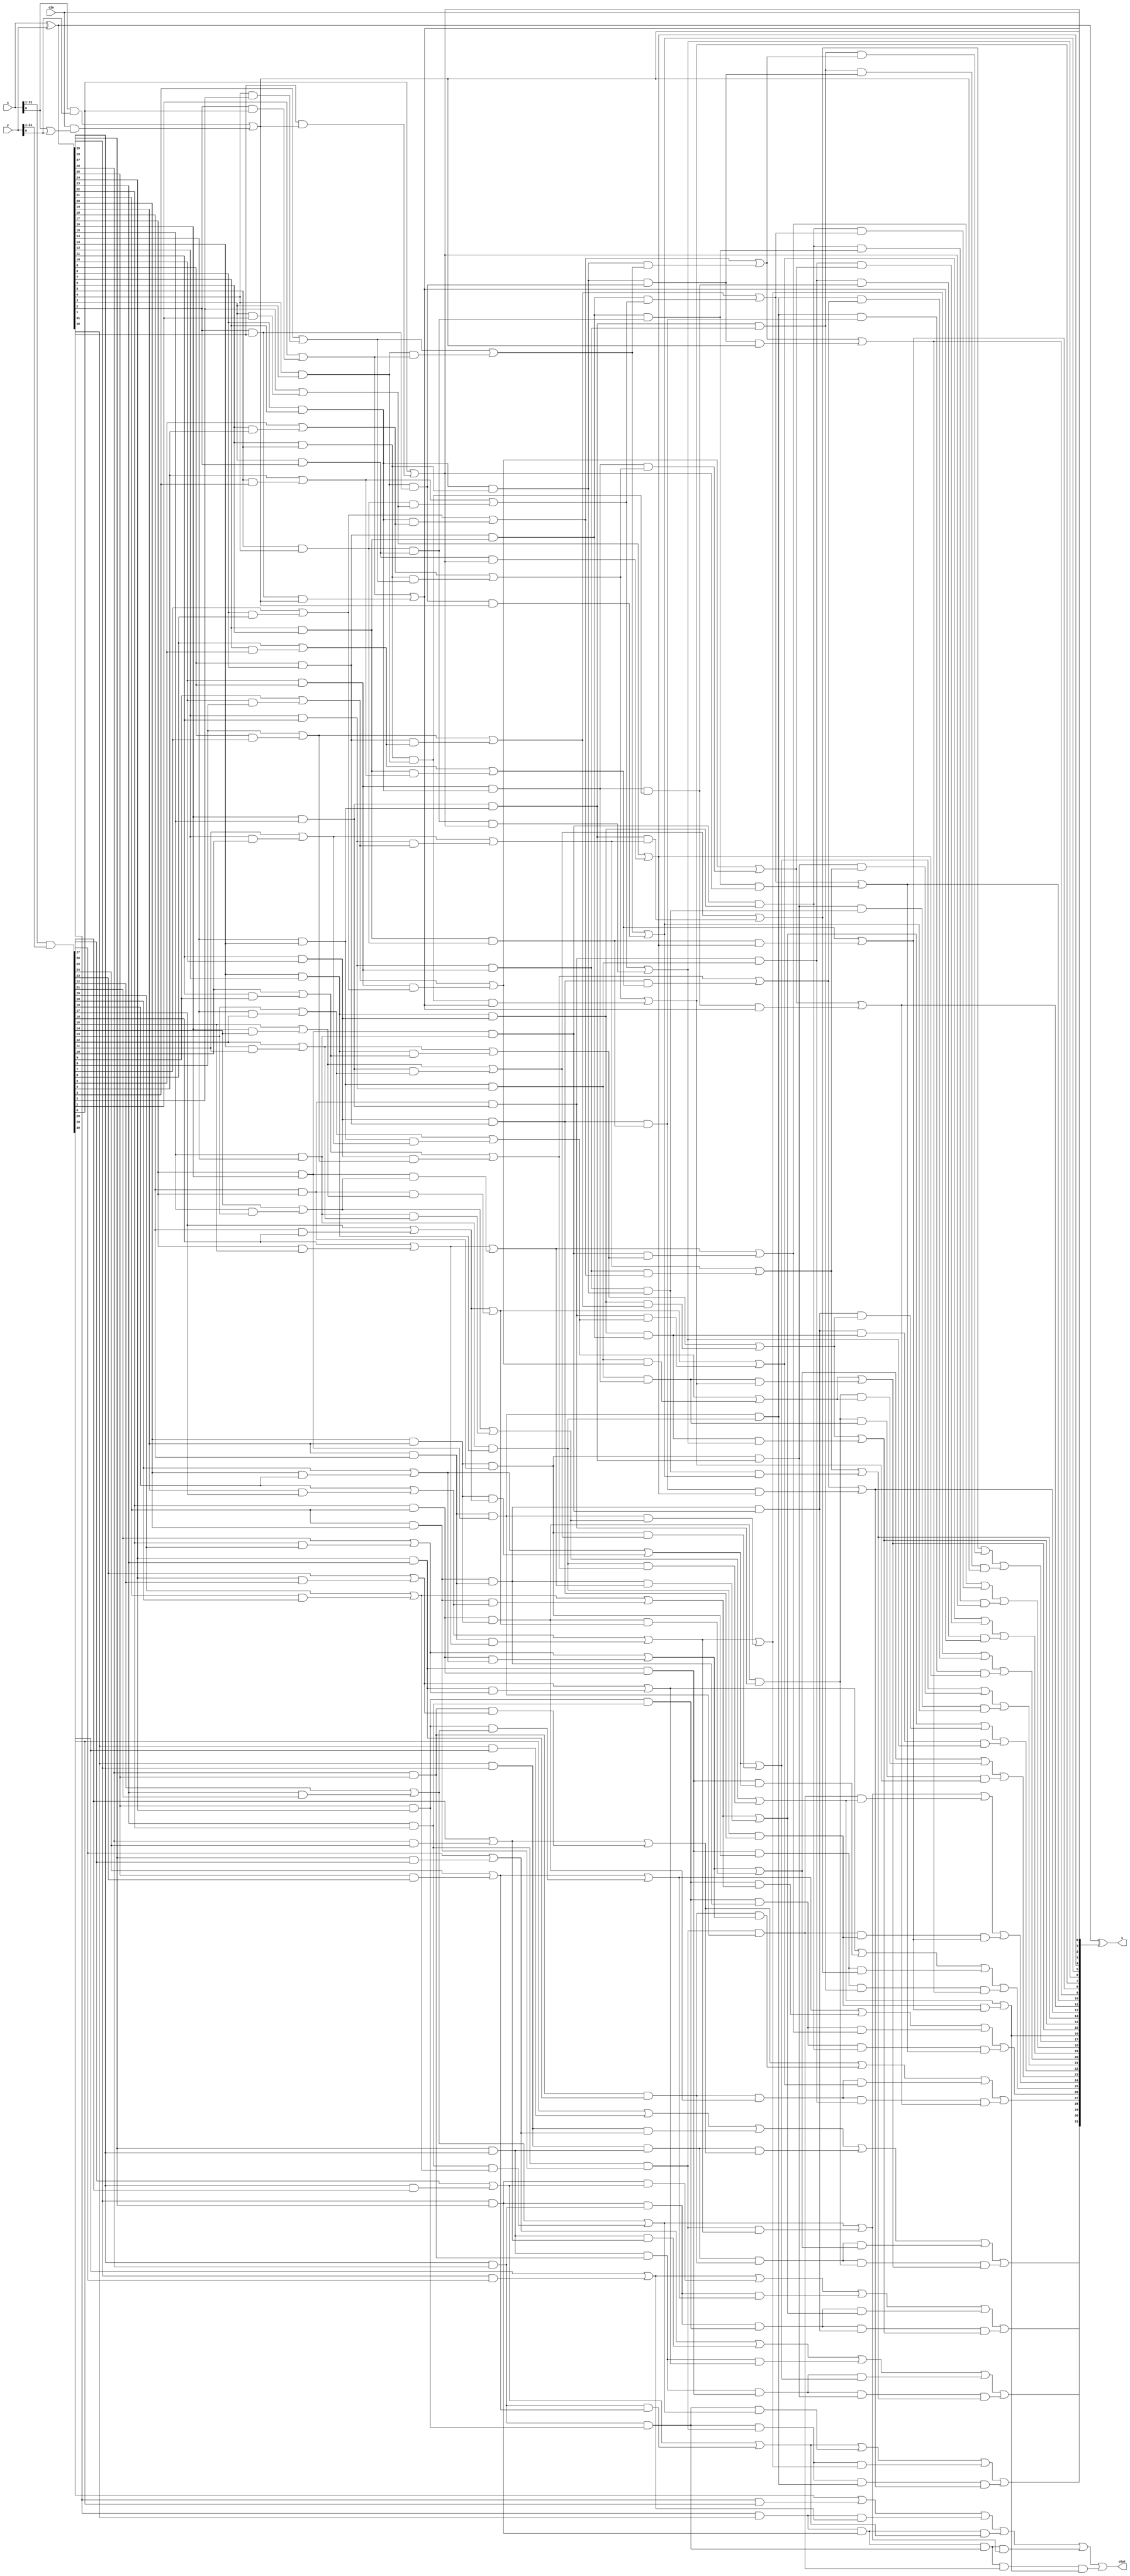
module Prefix_Add32_gen(x, y, cIn, s, cOut);

	input [31:0] x, y;
	input cIn;

	output [31:0] s;
	output cOut;

	wire [31:0] g0, p0, g1, p1, g2, p2, g3, p3, g4, p4, g5, p5;
	wire [32:0] c;

	assign g0[31:1] = x[31:1]&y[31:1];
	assign p0[31:0] = x^y;
	assign c[0] = cIn;
	assign g0[0] = x[0]&y[0] | c[0]&(x[0] | y[0]);



	assign g1[31] = g0[31] | p0[31]&g0[30], g1[30] = g0[30] | p0[30]&g0[29], g1[29] = g0[29] | p0[29]&g0[28], g1[28] = g0[28] | p0[28]&g0[27], g1[27] = g0[27] | p0[27]&g0[26], g1[26] = g0[26] | p0[26]&g0[25], g1[25] = g0[25] | p0[25]&g0[24], g1[24] = g0[24] | p0[24]&g0[23], g1[23] = g0[23] | p0[23]&g0[22], g1[22] = g0[22] | p0[22]&g0[21], g1[21] = g0[21] | p0[21]&g0[20], g1[20] = g0[20] | p0[20]&g0[19], g1[19] = g0[19] | p0[19]&g0[18], g1[18] = g0[18] | p0[18]&g0[17], g1[17] = g0[17] | p0[17]&g0[16], g1[16] = g0[16] | p0[16]&g0[15], g1[15] = g0[15] | p0[15]&g0[14], g1[14] = g0[14] | p0[14]&g0[13], g1[13] = g0[13] | p0[13]&g0[12], g1[12] = g0[12] | p0[12]&g0[11], g1[11] = g0[11] | p0[11]&g0[10], g1[10] = g0[10] | p0[10]&g0[9], g1[9] = g0[9] | p0[9]&g0[8], g1[8] = g0[8] | p0[8]&g0[7], g1[7] = g0[7] | p0[7]&g0[6], g1[6] = g0[6] | p0[6]&g0[5], g1[5] = g0[5] | p0[5]&g0[4], g1[4] = g0[4] | p0[4]&g0[3], g1[3] = g0[3] | p0[3]&g0[2], g1[2] = g0[2] | p0[2]&g0[1], g1[1] = g0[1] | p0[1]&g0[0], g1[0] = g0[0];
	assign p1[31] = p0[31]&p0[30], p1[30] = p0[30]&p0[29], p1[29] = p0[29]&p0[28], p1[28] = p0[28]&p0[27], p1[27] = p0[27]&p0[26], p1[26] = p0[26]&p0[25], p1[25] = p0[25]&p0[24], p1[24] = p0[24]&p0[23], p1[23] = p0[23]&p0[22], p1[22] = p0[22]&p0[21], p1[21] = p0[21]&p0[20], p1[20] = p0[20]&p0[19], p1[19] = p0[19]&p0[18], p1[18] = p0[18]&p0[17], p1[17] = p0[17]&p0[16], p1[16] = p0[16]&p0[15], p1[15] = p0[15]&p0[14], p1[14] = p0[14]&p0[13], p1[13] = p0[13]&p0[12], p1[12] = p0[12]&p0[11], p1[11] = p0[11]&p0[10], p1[10] = p0[10]&p0[9], p1[9] = p0[9]&p0[8], p1[8] = p0[8]&p0[7], p1[7] = p0[7]&p0[6], p1[6] = p0[6]&p0[5], p1[5] = p0[5]&p0[4], p1[4] = p0[4]&p0[3], p1[3] = p0[3]&p0[2], p1[2] = p0[2]&p0[1], p1[1] = p0[1]&p0[0], p1[0] = p0[0];

	assign g2[31] = g1[31] | p1[31]&g1[29], g2[30] = g1[30] | p1[30]&g1[28], g2[29] = g1[29] | p1[29]&g1[27], g2[28] = g1[28] | p1[28]&g1[26], g2[27] = g1[27] | p1[27]&g1[25], g2[26] = g1[26] | p1[26]&g1[24], g2[25] = g1[25] | p1[25]&g1[23], g2[24] = g1[24] | p1[24]&g1[22], g2[23] = g1[23] | p1[23]&g1[21], g2[22] = g1[22] | p1[22]&g1[20], g2[21] = g1[21] | p1[21]&g1[19], g2[20] = g1[20] | p1[20]&g1[18], g2[19] = g1[19] | p1[19]&g1[17], g2[18] = g1[18] | p1[18]&g1[16], g2[17] = g1[17] | p1[17]&g1[15], g2[16] = g1[16] | p1[16]&g1[14], g2[15] = g1[15] | p1[15]&g1[13], g2[14] = g1[14] | p1[14]&g1[12], g2[13] = g1[13] | p1[13]&g1[11], g2[12] = g1[12] | p1[12]&g1[10], g2[11] = g1[11] | p1[11]&g1[9], g2[10] = g1[10] | p1[10]&g1[8], g2[9] = g1[9] | p1[9]&g1[7], g2[8] = g1[8] | p1[8]&g1[6], g2[7] = g1[7] | p1[7]&g1[5], g2[6] = g1[6] | p1[6]&g1[4], g2[5] = g1[5] | p1[5]&g1[3], g2[4] = g1[4] | p1[4]&g1[2], g2[3] = g1[3] | p1[3]&g1[1], g2[2] = g1[2] | p1[2]&g1[0], g2[1] = g1[1], g2[0] = g1[0];
	assign p2[31] = p1[31]&p1[29], p2[30] = p1[30]&p1[28], p2[29] = p1[29]&p1[27], p2[28] = p1[28]&p1[26], p2[27] = p1[27]&p1[25], p2[26] = p1[26]&p1[24], p2[25] = p1[25]&p1[23], p2[24] = p1[24]&p1[22], p2[23] = p1[23]&p1[21], p2[22] = p1[22]&p1[20], p2[21] = p1[21]&p1[19], p2[20] = p1[20]&p1[18], p2[19] = p1[19]&p1[17], p2[18] = p1[18]&p1[16], p2[17] = p1[17]&p1[15], p2[16] = p1[16]&p1[14], p2[15] = p1[15]&p1[13], p2[14] = p1[14]&p1[12], p2[13] = p1[13]&p1[11], p2[12] = p1[12]&p1[10], p2[11] = p1[11]&p1[9], p2[10] = p1[10]&p1[8], p2[9] = p1[9]&p1[7], p2[8] = p1[8]&p1[6], p2[7] = p1[7]&p1[5], p2[6] = p1[6]&p1[4], p2[5] = p1[5]&p1[3], p2[4] = p1[4]&p1[2], p2[3] = p1[3]&p1[1], p2[2] = p1[2]&p1[0], p2[1] = p1[1], p2[0] = p1[0];

	assign g3[31] = g2[31] | p2[31]&g2[27], g3[30] = g2[30] | p2[30]&g2[26], g3[29] = g2[29] | p2[29]&g2[25], g3[28] = g2[28] | p2[28]&g2[24], g3[27] = g2[27] | p2[27]&g2[23], g3[26] = g2[26] | p2[26]&g2[22], g3[25] = g2[25] | p2[25]&g2[21], g3[24] = g2[24] | p2[24]&g2[20], g3[23] = g2[23] | p2[23]&g2[19], g3[22] = g2[22] | p2[22]&g2[18], g3[21] = g2[21] | p2[21]&g2[17], g3[20] = g2[20] | p2[20]&g2[16], g3[19] = g2[19] | p2[19]&g2[15], g3[18] = g2[18] | p2[18]&g2[14], g3[17] = g2[17] | p2[17]&g2[13], g3[16] = g2[16] | p2[16]&g2[12], g3[15] = g2[15] | p2[15]&g2[11], g3[14] = g2[14] | p2[14]&g2[10], g3[13] = g2[13] | p2[13]&g2[9], g3[12] = g2[12] | p2[12]&g2[8], g3[11] = g2[11] | p2[11]&g2[7], g3[10] = g2[10] | p2[10]&g2[6], g3[9] = g2[9] | p2[9]&g2[5], g3[8] = g2[8] | p2[8]&g2[4], g3[7] = g2[7] | p2[7]&g2[3], g3[6] = g2[6] | p2[6]&g2[2], g3[5] = g2[5] | p2[5]&g2[1], g3[4] = g2[4] | p2[4]&g2[0], g3[3] = g2[3], g3[2] = g2[2], g3[1] = g2[1], g3[0] = g2[0];
	assign p3[31] = p2[31]&p2[27], p3[30] = p2[30]&p2[26], p3[29] = p2[29]&p2[25], p3[28] = p2[28]&p2[24], p3[27] = p2[27]&p2[23], p3[26] = p2[26]&p2[22], p3[25] = p2[25]&p2[21], p3[24] = p2[24]&p2[20], p3[23] = p2[23]&p2[19], p3[22] = p2[22]&p2[18], p3[21] = p2[21]&p2[17], p3[20] = p2[20]&p2[16], p3[19] = p2[19]&p2[15], p3[18] = p2[18]&p2[14], p3[17] = p2[17]&p2[13], p3[16] = p2[16]&p2[12], p3[15] = p2[15]&p2[11], p3[14] = p2[14]&p2[10], p3[13] = p2[13]&p2[9], p3[12] = p2[12]&p2[8], p3[11] = p2[11]&p2[7], p3[10] = p2[10]&p2[6], p3[9] = p2[9]&p2[5], p3[8] = p2[8]&p2[4], p3[7] = p2[7]&p2[3], p3[6] = p2[6]&p2[2], p3[5] = p2[5]&p2[1], p3[4] = p2[4]&p2[0], p3[3] = p2[3], p3[2] = p2[2], p3[1] = p2[1], p3[0] = p2[0];

	assign g4[31] = g3[31] | p3[31]&g3[23], g4[30] = g3[30] | p3[30]&g3[22], g4[29] = g3[29] | p3[29]&g3[21], g4[28] = g3[28] | p3[28]&g3[20], g4[27] = g3[27] | p3[27]&g3[19], g4[26] = g3[26] | p3[26]&g3[18], g4[25] = g3[25] | p3[25]&g3[17], g4[24] = g3[24] | p3[24]&g3[16], g4[23] = g3[23] | p3[23]&g3[15], g4[22] = g3[22] | p3[22]&g3[14], g4[21] = g3[21] | p3[21]&g3[13], g4[20] = g3[20] | p3[20]&g3[12], g4[19] = g3[19] | p3[19]&g3[11], g4[18] = g3[18] | p3[18]&g3[10], g4[17] = g3[17] | p3[17]&g3[9], g4[16] = g3[16] | p3[16]&g3[8], g4[15] = g3[15] | p3[15]&g3[7], g4[14] = g3[14] | p3[14]&g3[6], g4[13] = g3[13] | p3[13]&g3[5], g4[12] = g3[12] | p3[12]&g3[4], g4[11] = g3[11] | p3[11]&g3[3], g4[10] = g3[10] | p3[10]&g3[2], g4[9] = g3[9] | p3[9]&g3[1], g4[8] = g3[8] | p3[8]&g3[0], g4[7] = g3[7], g4[6] = g3[6], g4[5] = g3[5], g4[4] = g3[4], g4[3] = g3[3], g4[2] = g3[2], g4[1] = g3[1], g4[0] = g3[0];
	assign p4[31] = p3[31]&p3[23], p4[30] = p3[30]&p3[22], p4[29] = p3[29]&p3[21], p4[28] = p3[28]&p3[20], p4[27] = p3[27]&p3[19], p4[26] = p3[26]&p3[18], p4[25] = p3[25]&p3[17], p4[24] = p3[24]&p3[16], p4[23] = p3[23]&p3[15], p4[22] = p3[22]&p3[14], p4[21] = p3[21]&p3[13], p4[20] = p3[20]&p3[12], p4[19] = p3[19]&p3[11], p4[18] = p3[18]&p3[10], p4[17] = p3[17]&p3[9], p4[16] = p3[16]&p3[8], p4[15] = p3[15]&p3[7], p4[14] = p3[14]&p3[6], p4[13] = p3[13]&p3[5], p4[12] = p3[12]&p3[4], p4[11] = p3[11]&p3[3], p4[10] = p3[10]&p3[2], p4[9] = p3[9]&p3[1], p4[8] = p3[8]&p3[0], p4[7] = p3[7], p4[6] = p3[6], p4[5] = p3[5], p4[4] = p3[4], p4[3] = p3[3], p4[2] = p3[2], p4[1] = p3[1], p4[0] = p3[0];

	assign g5[31] = g4[31] | p4[31]&g4[15], g5[30] = g4[30] | p4[30]&g4[14], g5[29] = g4[29] | p4[29]&g4[13], g5[28] = g4[28] | p4[28]&g4[12], g5[27] = g4[27] | p4[27]&g4[11], g5[26] = g4[26] | p4[26]&g4[10], g5[25] = g4[25] | p4[25]&g4[9], g5[24] = g4[24] | p4[24]&g4[8], g5[23] = g4[23] | p4[23]&g4[7], g5[22] = g4[22] | p4[22]&g4[6], g5[21] = g4[21] | p4[21]&g4[5], g5[20] = g4[20] | p4[20]&g4[4], g5[19] = g4[19] | p4[19]&g4[3], g5[18] = g4[18] | p4[18]&g4[2], g5[17] = g4[17] | p4[17]&g4[1], g5[16] = g4[16] | p4[16]&g4[0], g5[15] = g4[15], g5[14] = g4[14], g5[13] = g4[13], g5[12] = g4[12], g5[11] = g4[11], g5[10] = g4[10], g5[9] = g4[9], g5[8] = g4[8], g5[7] = g4[7], g5[6] = g4[6], g5[5] = g4[5], g5[4] = g4[4], g5[3] = g4[3], g5[2] = g4[2], g5[1] = g4[1], g5[0] = g4[0];
	assign p5[31] = p4[31]&p4[15], p5[30] = p4[30]&p4[14], p5[29] = p4[29]&p4[13], p5[28] = p4[28]&p4[12], p5[27] = p4[27]&p4[11], p5[26] = p4[26]&p4[10], p5[25] = p4[25]&p4[9], p5[24] = p4[24]&p4[8], p5[23] = p4[23]&p4[7], p5[22] = p4[22]&p4[6], p5[21] = p4[21]&p4[5], p5[20] = p4[20]&p4[4], p5[19] = p4[19]&p4[3], p5[18] = p4[18]&p4[2], p5[17] = p4[17]&p4[1], p5[16] = p4[16]&p4[0], p5[15] = p4[15], p5[14] = p4[14], p5[13] = p4[13], p5[12] = p4[12], p5[11] = p4[11], p5[10] = p4[10], p5[9] = p4[9], p5[8] = p4[8], p5[7] = p4[7], p5[6] = p4[6], p5[5] = p4[5], p5[4] = p4[4], p5[3] = p4[3], p5[2] = p4[2], p5[1] = p4[1], p5[0] = p4[0];



	assign c[32:1] = g5[31:0];
	assign s = p0^c[31:0];
	assign cOut = c[32];

endmodule